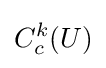
C_{c}^{k}(U)